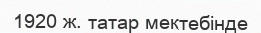
1920 ж. татар мектебінде